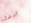
ادخال